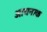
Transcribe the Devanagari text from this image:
आयनाक